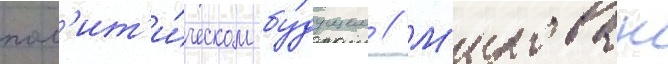
пол'ит'и́ческом бу́дущем // М'илован